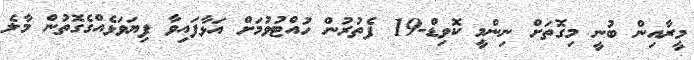
މީރާއިން ބުނީ މިގޮތަށް ނިންމީ ކޮވިޑް-19 ފެތުރުން ހުއްޓުވުމަށް އަޅާފައިވާ ފިޔަވަޅެއްގެގޮތުން މާލެ